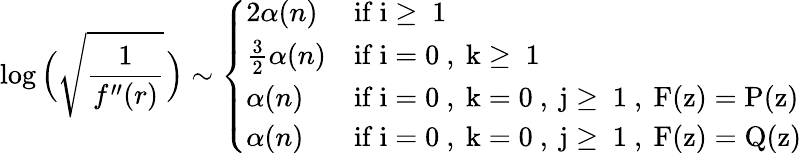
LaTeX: \log\Big(\sqrt{\frac{1}{f^{\prime\prime}(r)}}\! \ \Big)\sim\left\{ \begin{array}{ll}{2\alpha(n)}&{\mathrm{if~i\geq~1~}}\\ {\frac{3}{2}\alpha(n)}&{\mathrm{if~i=0~,~k\geq~1~}}\\ {\alpha(n)}&{\mathrm{if~i=0~,~k=0~,~j\geq~1~,~F(z)=P(z)~}}\\ {\alpha(n)}&{\mathrm{if~i=0~,~k=0~,~j\geq~1~,~F(z)=Q(z)~}}\end{array}\right.